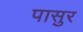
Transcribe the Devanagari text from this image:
पासुर